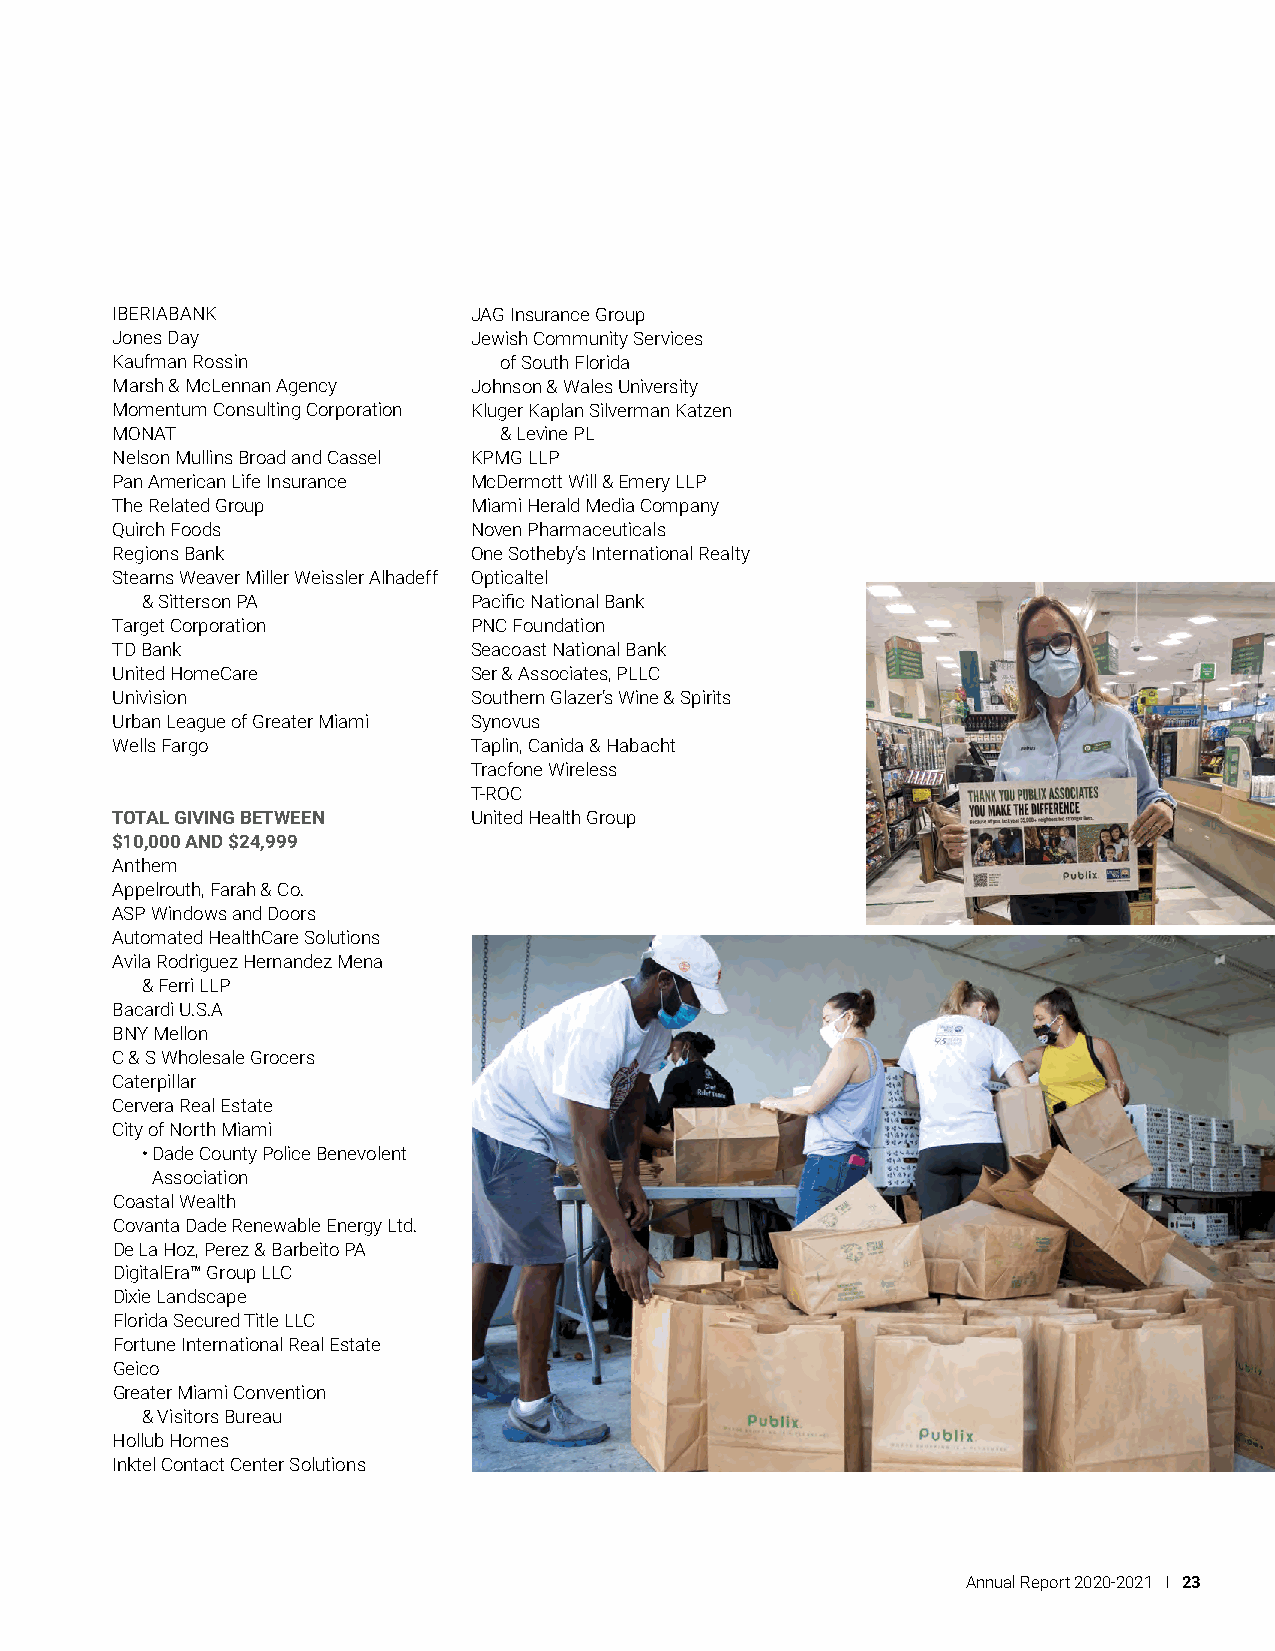
IBERIABANK              JAG Insurance Group
 Jones Day               Jewish Community Services
 Kaufman Rossin            of South Florida
 Marsh & McLennan Agency Johnson & Wales University
 Momentum Consulting Corporation Kluger Kaplan Silverman Katzen
 MONAT                     & Levine PL
 Nelson Mullins Broad and Cassel KPMG LLP
 Pan American Life Insurance McDermott Will & Emery LLP
 The Related Group       Miami Herald Media Company
 Quirch Foods            Noven Pharmaceuticals
 Regions Bank            One Sotheby’s International Realty
 Stearns Weaver Miller Weissler Alhadeff Opticaltel
 & Sitterson PA        Pacific National Bank
 Target Corporation      PNC Foundation
 TD Bank                 Seacoast National Bank
 United HomeCare         Ser & Associates, PLLC
 Univision               Southern Glazer’s Wine & Spirits
 Urban League of Greater Miami Synovus
 Wells Fargo             Taplin, Canida & Habacht
 Tracfone Wireless
 T-ROC
 TOTAL GIVING BETWEEN    United Health Group
 $10,000 AND $24,999
 Anthem
 Appelrouth, Farah & Co.
 ASP Windows and Doors
 Automated HealthCare Solutions
 Avila Rodriguez Hernandez Mena
 & Ferri LLP
 Bacardi U.S.A
 BNY Mellon
 C & S Wholesale Grocers
 Caterpillar
 Cervera Real Estate
 City of North Miami
 • Dade County Police Benevolent
 Association
 Coastal Wealth
 Covanta Dade Renewable Energy Ltd.
 De La Hoz, Perez & Barbeito PA
 DigitalEra™ Group LLC
 Dixie Landscape
 Florida Secured Title LLC
 Fortune International Real Estate
 Geico
 Greater Miami Convention
 & Visitors Bureau
 Hollub Homes
 Inktel Contact Center Solutions
 Annual Report 2020-2021 I 23